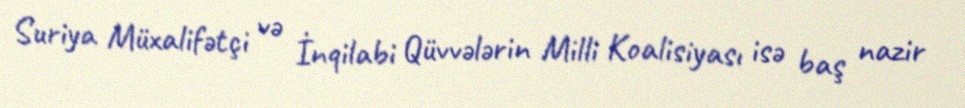
Suriya Müxalifətçi və İnqilabi Qüvvələrin Milli Koalisiyası isə baş nazir